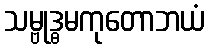
သမ္ဗုဒ္ဓမကုတောဘယံ